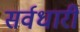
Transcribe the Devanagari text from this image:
सर्वधारी